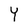
Character: Y